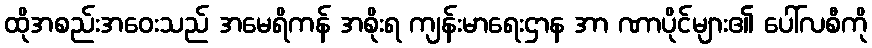
ထိုအစည်းအဝေးသည် အမေရိကန် အစိုးရ ကျန်းမာရေးဌာန အာ ဏာပိုင်များ၏ ပေါ်လစီကို